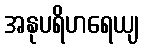
အနုပရိဟရေယျ